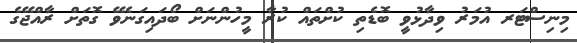
މިނިސްޓަރ އުމަރު ވިދާޅުވީ ބޮޑެތި ކުށްތައް ކުރާ މީހުންނަށް ބޯދައިގަނެވޭ ގޮތަށް ރާއްޖޭގެ